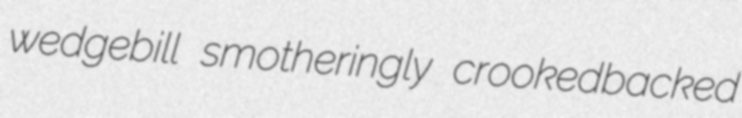
wedgebill smotheringly crookedbacked